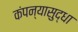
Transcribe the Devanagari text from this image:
कंपन्यासुद्धा